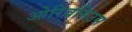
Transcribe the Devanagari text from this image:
ओरिबसिउस